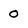
Character: 0